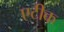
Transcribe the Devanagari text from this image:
एटीक